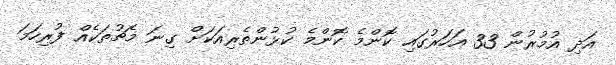
އަދި އުމުރުން 33 އަހަރުގައި ކޮންމެ ކޮންމެ ކުޅުންތެރިއަކަށް ގިނަ މެޗުތަކެއް ފުރިހަމަ